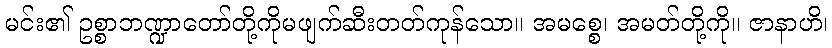
မင်း၏ ဥစ္စာဘဏ္ဍာတော်တို့ကိုမဖျက်ဆီးတတ်ကုန်သော။ အမစ္စေ၊ အမတ်တို့ကို။ ဇာနာဟိ၊